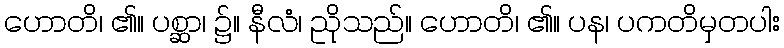
ဟောတိ၊ ၏။ ပစ္ဆာ၊ ၌။ နီလံ၊ ညိုသည်။ ဟောတိ၊ ၏။ ပန၊ ပကတိမှတပါး